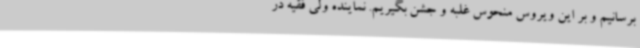
برسانیم و بر این ویروس منحوس غلبه و جشن بگیریم. نماینده ولی فقیه در